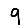
Digit: 9